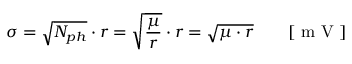
\sigma = \sqrt { N _ { p h } } \cdot r = \sqrt { \frac { \mu } { r } } \cdot r = \sqrt { \mu \cdot r } \qquad [ \mathrm { ~ m ~ V ~ } ]